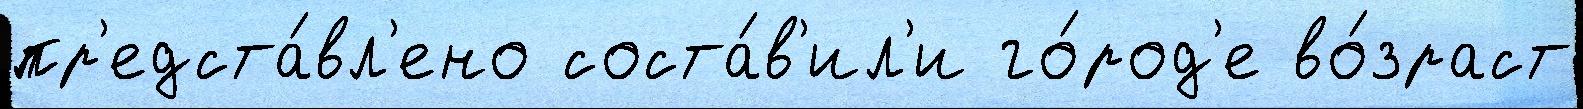
пр'едста́вл'ено соста́в'ил'и го́род'е во́зраст